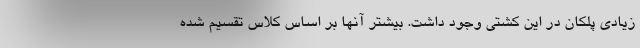
زیادی پلکان در این کشتی وجود داشت. بیشتر آنها بر اساس کلاس تقسیم شده